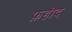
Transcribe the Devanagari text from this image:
फ़हीद